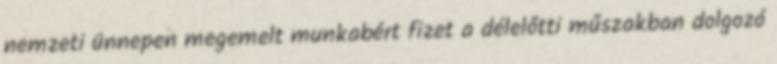
nemzeti ünnepen megemelt munkabért fizet a délelőtti műszakban dolgozó